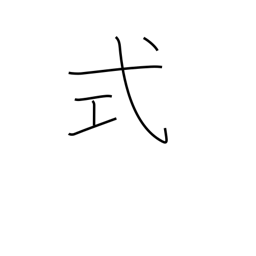
Meaning: ceremony